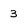
Character: 3